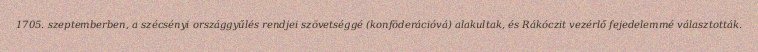
1705. szeptemberben, a szécsényi országgyűlés rendjei szövetséggé (konföderációvá) alakultak, és Rákóczit vezérlő fejedelemmé választották.